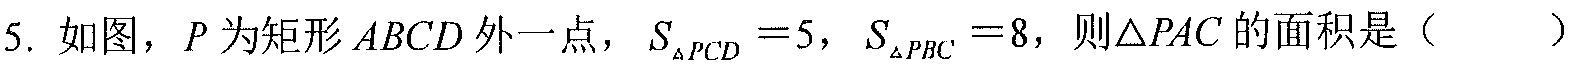
5. 如图，\(P\) 为矩形 \(ABCD\) 外一点，\(S_{\triangle PCD}=5\)，\(S_{\triangle PBC}=8\)，则\(\triangle PAC\) 的面积是（  ）